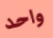
واحد